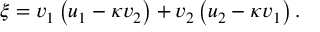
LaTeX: \xi = v _ { 1 } \left( u _ { 1 } - \kappa v _ { 2 } \right) + v _ { 2 } \left( u _ { 2 } - \kappa v _ { 1 } \right) .